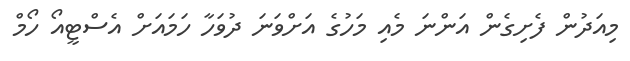
މިއަދުން ފެށިގެން އަންނަ މެއި މަހުގެ އަށްވަނަ ދުވަހާ ހަމައަށް އެސްޓީއޯ ހޯމް